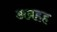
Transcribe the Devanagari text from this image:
अब्रहह